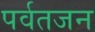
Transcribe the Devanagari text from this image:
पर्वतजन